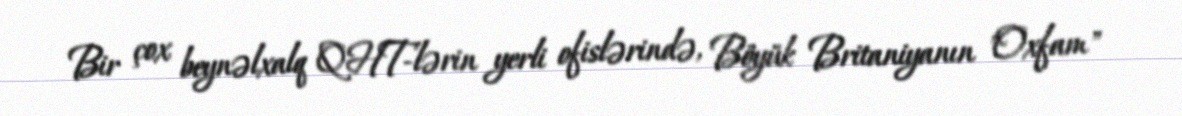
Bir çox beynəlxalq QHT-lərin yerli ofislərində, Böyük Britaniyanın "Oxfam"